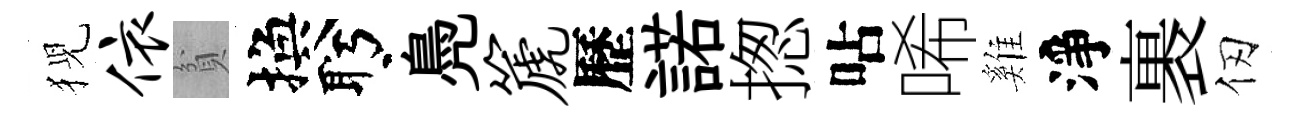
猊依貧換盻鳧篪歷諾揔呫唏雞淨裹仞